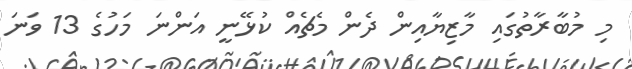
މި މުބާރާތުގައި މާޒިޔާއިން ދެން މެޗެއް ކުޅޭނީ އަންނަ މަހުގެ 13 ވަނަ